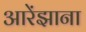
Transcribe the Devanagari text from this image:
आरेंझाना